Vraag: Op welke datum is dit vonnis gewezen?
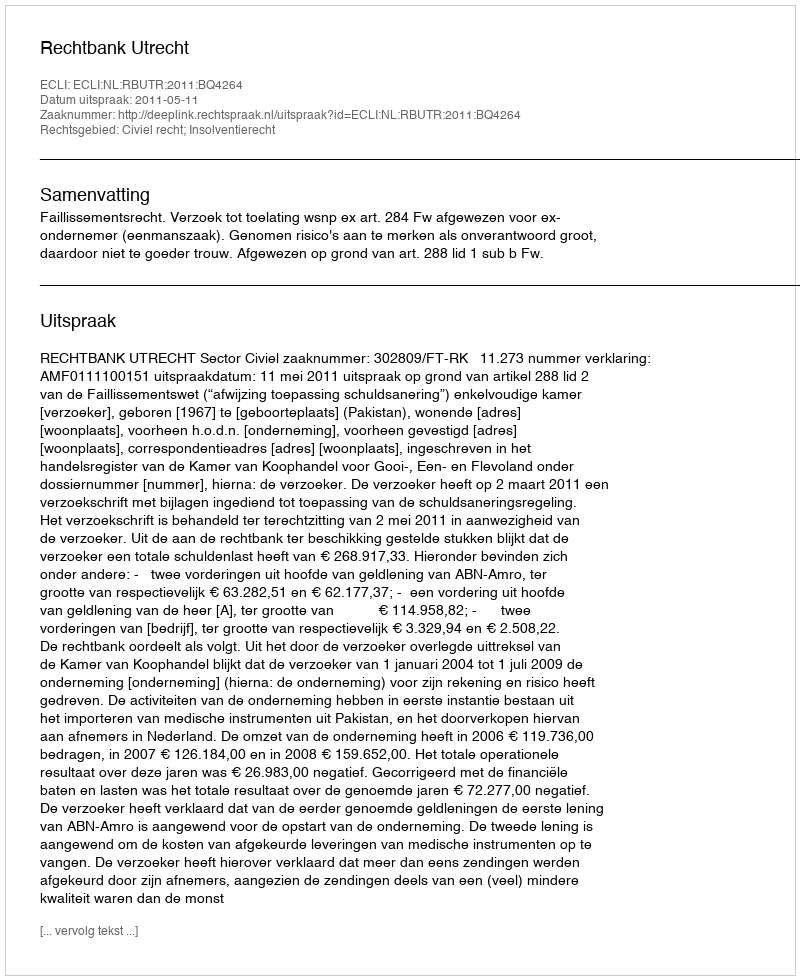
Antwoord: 2011-05-11